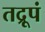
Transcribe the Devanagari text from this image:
तद्रूपं